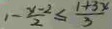
1 - \frac { y - 2 } { 2 } \leq \frac { 1 + 3 x } { 3 }